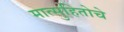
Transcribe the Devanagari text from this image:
मात्सुहितोचे